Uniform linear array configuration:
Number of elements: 4
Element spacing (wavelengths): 1
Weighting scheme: cosine
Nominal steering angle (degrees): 60
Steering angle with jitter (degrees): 61.577
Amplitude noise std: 0.05
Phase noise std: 0.05

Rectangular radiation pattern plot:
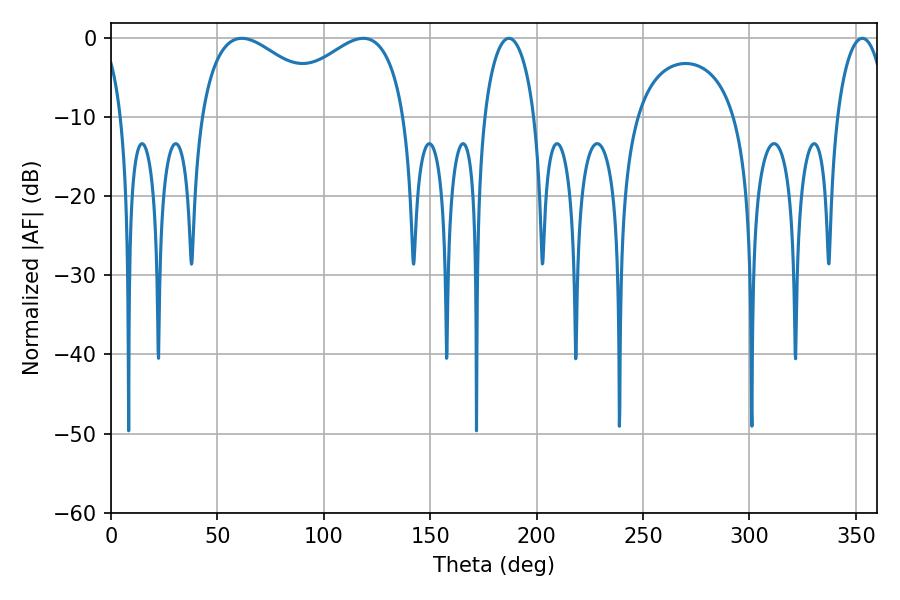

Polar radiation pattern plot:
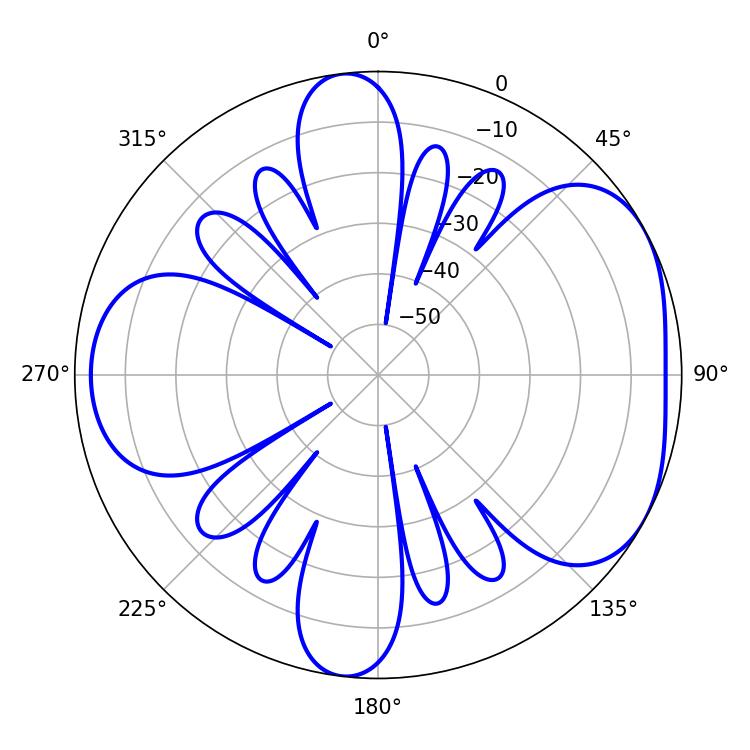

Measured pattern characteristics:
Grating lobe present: TRUE
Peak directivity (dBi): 4.758
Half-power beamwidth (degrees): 35.82
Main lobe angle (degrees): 61.56